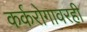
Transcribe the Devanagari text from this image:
कर्करोगावरही